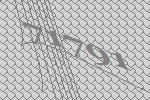
71791